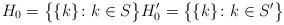
LaTeX: \begin{align*}H_0 = \big\{ \{k\} \colon k \in S \big\} H_0' = \big\{ \{k\} \colon k \in S' \big\}\end{align*}